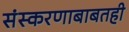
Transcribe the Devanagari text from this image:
संस्करणाबाबतही